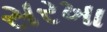
સરખા